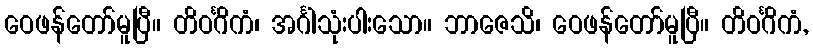
ဝေဖန်တော်မူပြီ။ တိဝင်္ဂိကံ၊ အင်္ဂါသုံးပါးသော။ ဘာဇေသိ၊ ဝေဖန်တော်မူပြီ။ တိဝင်္ဂိကံ,